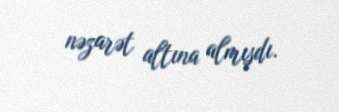
nəzarət altına almışdı.